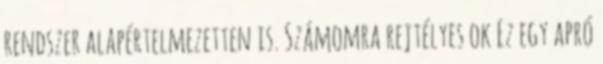
rendszer alapértelmezetten is. Számomra rejtélyes ok Ez egy apró